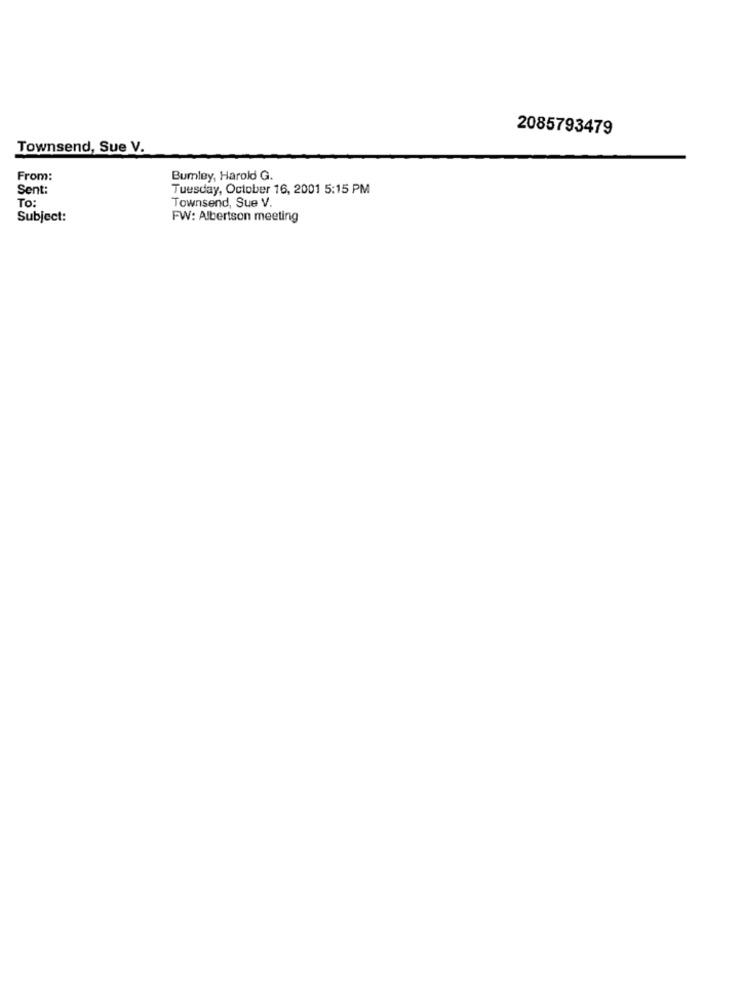
2085793479
Townsend, Sue V.
From:
Burley, Harold G.
Sent:
Tuesday, October 16, 2001 5:15 PM
To:
Townsend, Sue V.
Subject:
FW: Albertson meeting